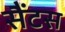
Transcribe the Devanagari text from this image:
सैंटस